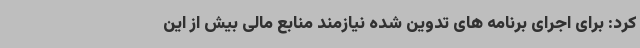
کرد: برای اجرای برنامه های تدوین شده نیازمند منابع مالی بیش از این